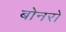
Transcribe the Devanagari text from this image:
बोनरो